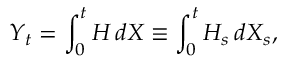
Y _ { t } = \int _ { 0 } ^ { t } H \, d X \equiv \int _ { 0 } ^ { t } H _ { s } \, d X _ { s } ,